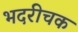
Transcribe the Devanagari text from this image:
भदरीचक